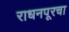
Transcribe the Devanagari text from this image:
राधनपूरचा